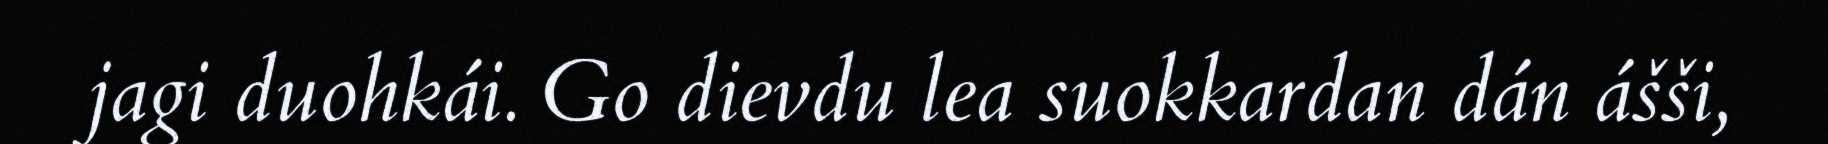
jagi duohkái. Go dievdu lea suokkardan dán ášši,